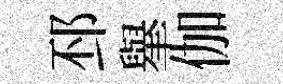
邳𦦙伽